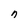
Character: n